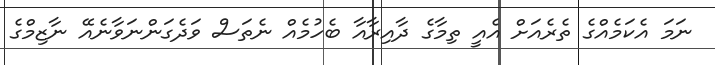
ނަމަ އެކަމެއްގެ ތެރެއަށް އެއީ ތިމާގެ ދާއިރާއާ ބެހުމެއް ނެތަސް ވަދެގަންނަވާނެއޭ ނާޒިމްގެ